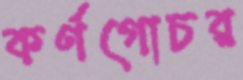
কর্ণগোচর